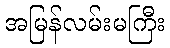
အမြန်လမ်းမကြီး